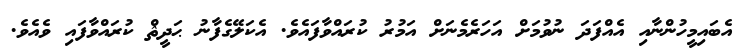
އެބައިމީހުންނާއި އެއްފަދަ ނުވުމަށް އަހަރެމެނަށް އަމުރު ކުރައްވާފައެވެ. އެކަލޭގެފާނު ޙަދީޘް ކުރައްވާފައި ވެއެވެ.